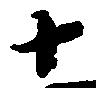
十